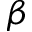
\beta